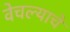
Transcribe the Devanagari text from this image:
वेचल्याचे